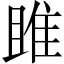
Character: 雎